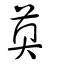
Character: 薁